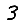
Digit: 3